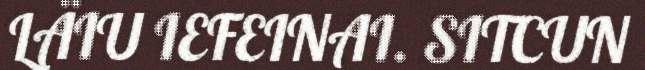
LÄIU IEFEINAI. SITCUN